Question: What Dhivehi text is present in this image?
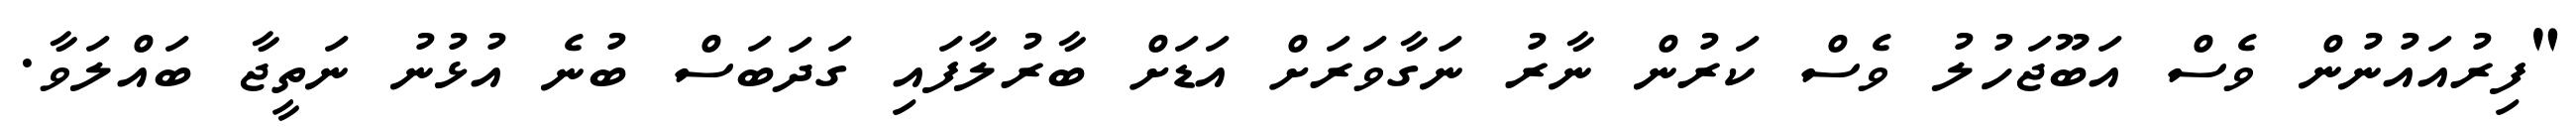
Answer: "ފިރުއައުނުން ވެސް އަބޫޖަހުލު ވެސް ކަރުން ނާރު ނަގާވަރަށް އަޑަށް ބާރުލާފައި ގަދަބަސް ބުނެ އުޅުނު ނަތީޖާ ބައްލަވާ.